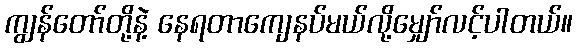
ကျွန်တော်တို့နဲ့ နေရတာကျေနပ်မယ်လို့မျှော်လင့်ပါတယ်။